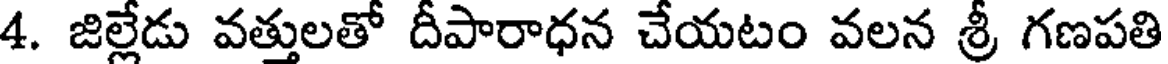
4. జిల్లేడు వత్తులతో దీపారాధన చేయటం వలన శ్రీ గణపతి